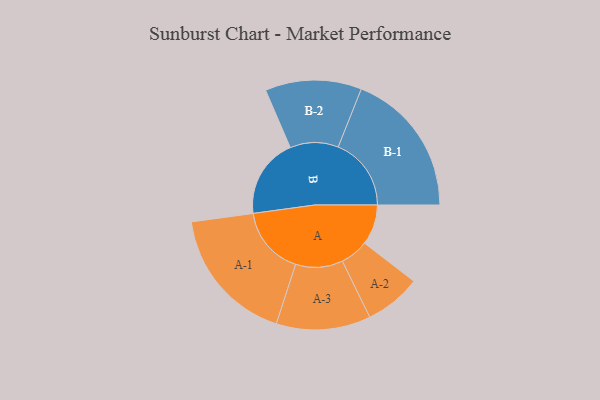
{"axis": {"x": "Segment", "y": "Value"}, "legend": ["", "A", "B"], "data": [{"x": "A", "y": 157, "type": ""}, {"x": "B", "y": 311, "type": ""}, {"x": "A-1", "y": 268, "type": "A"}, {"x": "A-2", "y": 110, "type": "A"}, {"x": "A-3", "y": 184, "type": "A"}, {"x": "B-1", "y": 285, "type": "B"}, {"x": "B-2", "y": 188, "type": "B"}]}